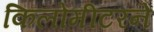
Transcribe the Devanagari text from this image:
किलोमीटरने